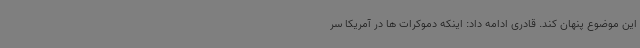
این موضوع پنهان کند. قادری ادامه داد: اینکه دموکرات ها در آمریکا سر